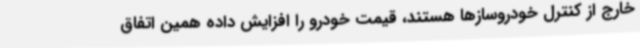
خارج از کنترل خودروسازها هستند، قیمت خودرو را افزایش داده همین اتفاق